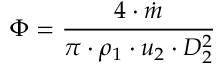
\Phi = \frac { 4 \cdot \dot { m } } { \pi \cdot \rho _ { 1 } \cdot u _ { 2 } \cdot D _ { 2 } ^ { 2 } }